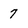
Character: 7